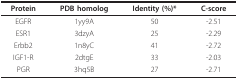
<table><thead><tr><td><b>Protein</b></td><td><b>PDB homolog</b></td><td><b>Identity (%)*</b></td><td><b>C-score</b></td></tr></thead><tbody><tr><td>EGFR</td><td>1yy9A</td><td>50</td><td>-2.51</td></tr><tr><td>ESR1</td><td>3dzyA</td><td>25</td><td>-2.29</td></tr><tr><td>Erbb2</td><td>1n8yC</td><td>41</td><td>-2.72</td></tr><tr><td>IGF1-R</td><td>2dtgE</td><td>33</td><td>-2.03</td></tr><tr><td>PGR</td><td>3hq5B</td><td>27</td><td>-2.71</td></tr></tbody></table>